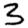
Digit: 3